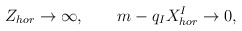
\begin{align*}Z_{hor} \to \infty, \qquad m - q_IX^I_{hor} \to 0,\end{align*}